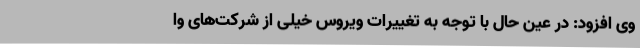
وی افزود: در عین حال با توجه به تغییرات ویروس خیلی از شرکت‌های وا